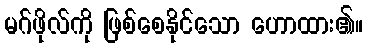
မဂ်ဖိုလ်ကို ဖြစ်စေနိုင်သော ဟောထား၏။